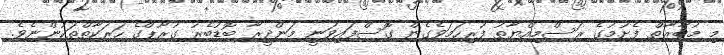
މި މުބާރާތް ފެށުމުގެ ރަސްމިއްޔާތު ފުރިހަމަވެގެން ގޮސްފައިވަނީ މަންދީރާ ބޮޑުބެރު ގުރޫޕްގެ ހަރަކާތްތަކުންނެވެ.